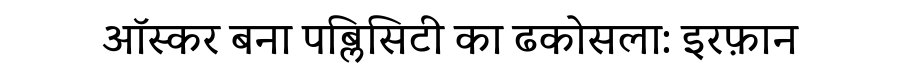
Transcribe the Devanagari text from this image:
ऑस्कर बना पब्लिसिटी का ढकोसला: इरफ़ान